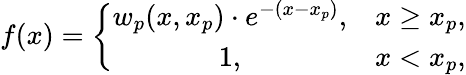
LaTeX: f(x)=\left\lbrace\begin{array}{cc}{w_{p}(x,x_{p})\cdot e^{-(x-x_{p})},}&{x\geq x_{p},}\\ {1,}&{x<x_{p},}\end{array}\right.